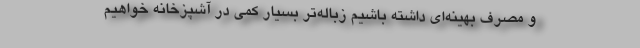
و مصرف بهینه‌ای داشته باشیم زباله‌تر بسیار کمی در آشپزخانه خواهیم